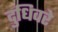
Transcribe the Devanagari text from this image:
दुधिवरे